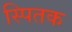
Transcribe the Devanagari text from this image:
स्पितक